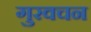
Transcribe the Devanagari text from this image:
गुरवचन